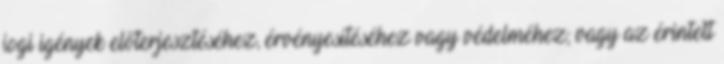
jogi igények előterjesztéséhez, érvényesítéséhez vagy védelméhez; vagy az érintett